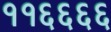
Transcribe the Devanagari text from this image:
११६६६६